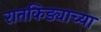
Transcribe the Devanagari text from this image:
रातकिड्याच्या